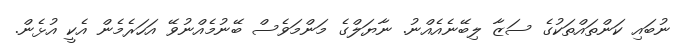
ނުބައި ކަންތައްތަކުގެ ސަޒާ ލިބޭނެއެއްނު. ނާޔަލްގެ މަންމަވެސް ބޭނުމެއްނުވޭ އަހަރެމެން އެކީ އުޅެން.